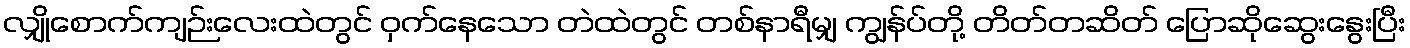
လျှိုစောက်ကျဉ်းလေးထဲတွင် ဝှက်နေသော တဲထဲတွင် တစ်နာရီမျှ ကျွန်ပ်တို့ တိတ်တဆိတ် ပြောဆိုဆွေးနွေးပြီး